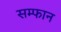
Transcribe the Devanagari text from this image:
सम्फान